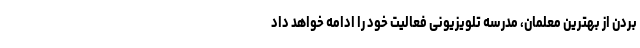
بردن از بهترین معلمان، مدرسه تلویزیونی فعالیت خود را ادامه خواهد داد